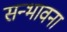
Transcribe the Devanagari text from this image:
सन्भावना